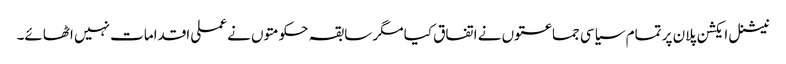
نیشنل ایکشن پلان پر تمام سیاسی جماعتوں نے اتفاق کیا مگر سابقہ حکومتوں نے عملی اقدامات نہیں اٹھائے۔